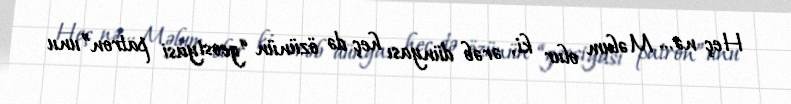
Heç nə... Məlum olur ki, ərəb dünyası heç də özünün “geosiyasi patron”unu